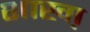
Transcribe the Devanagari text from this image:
शाखा़